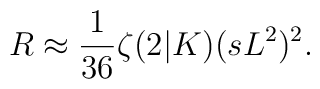
R \approx \frac{1}{36} \zeta (2 |K) (s L^{2})^{2}.